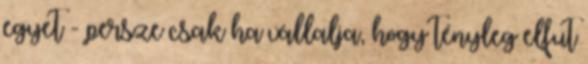
egyet - persze csak ha vállalja, hogy tényleg elfut